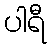
ပါရီ